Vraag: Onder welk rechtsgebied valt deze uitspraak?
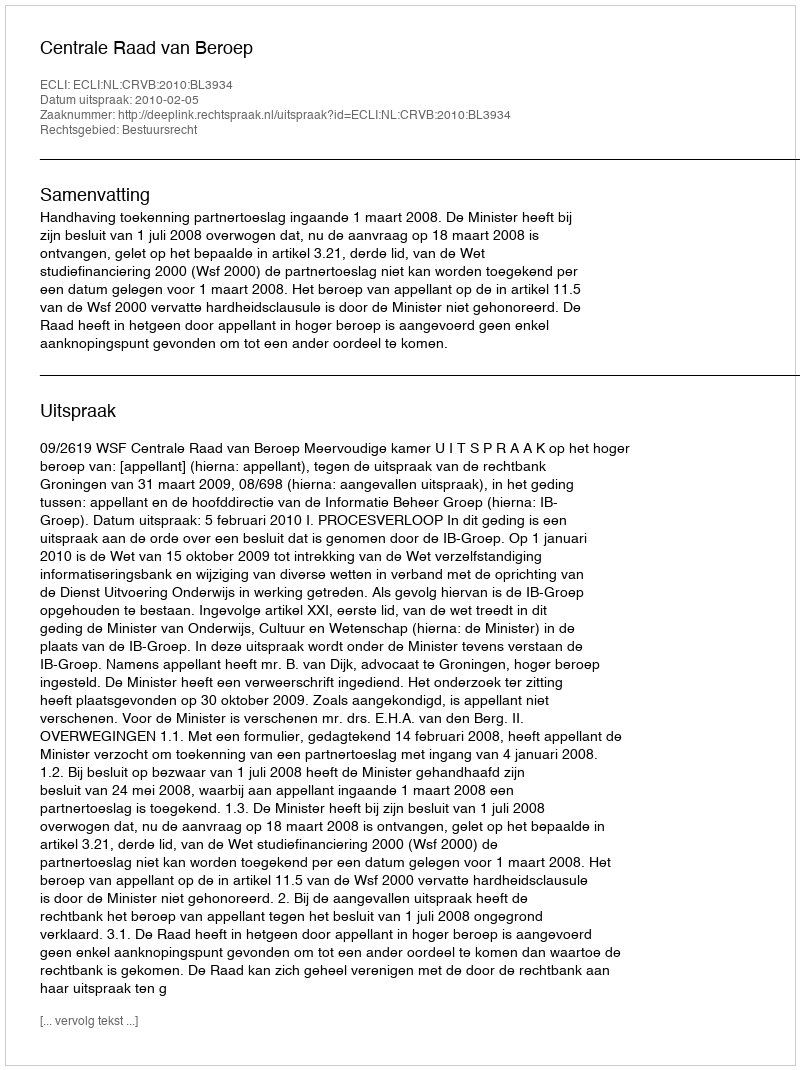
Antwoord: Bestuursrecht